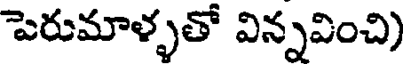
పెరుమాళ్ళతో విన్నవించి)